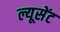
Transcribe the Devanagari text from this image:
ल्यूसेंट